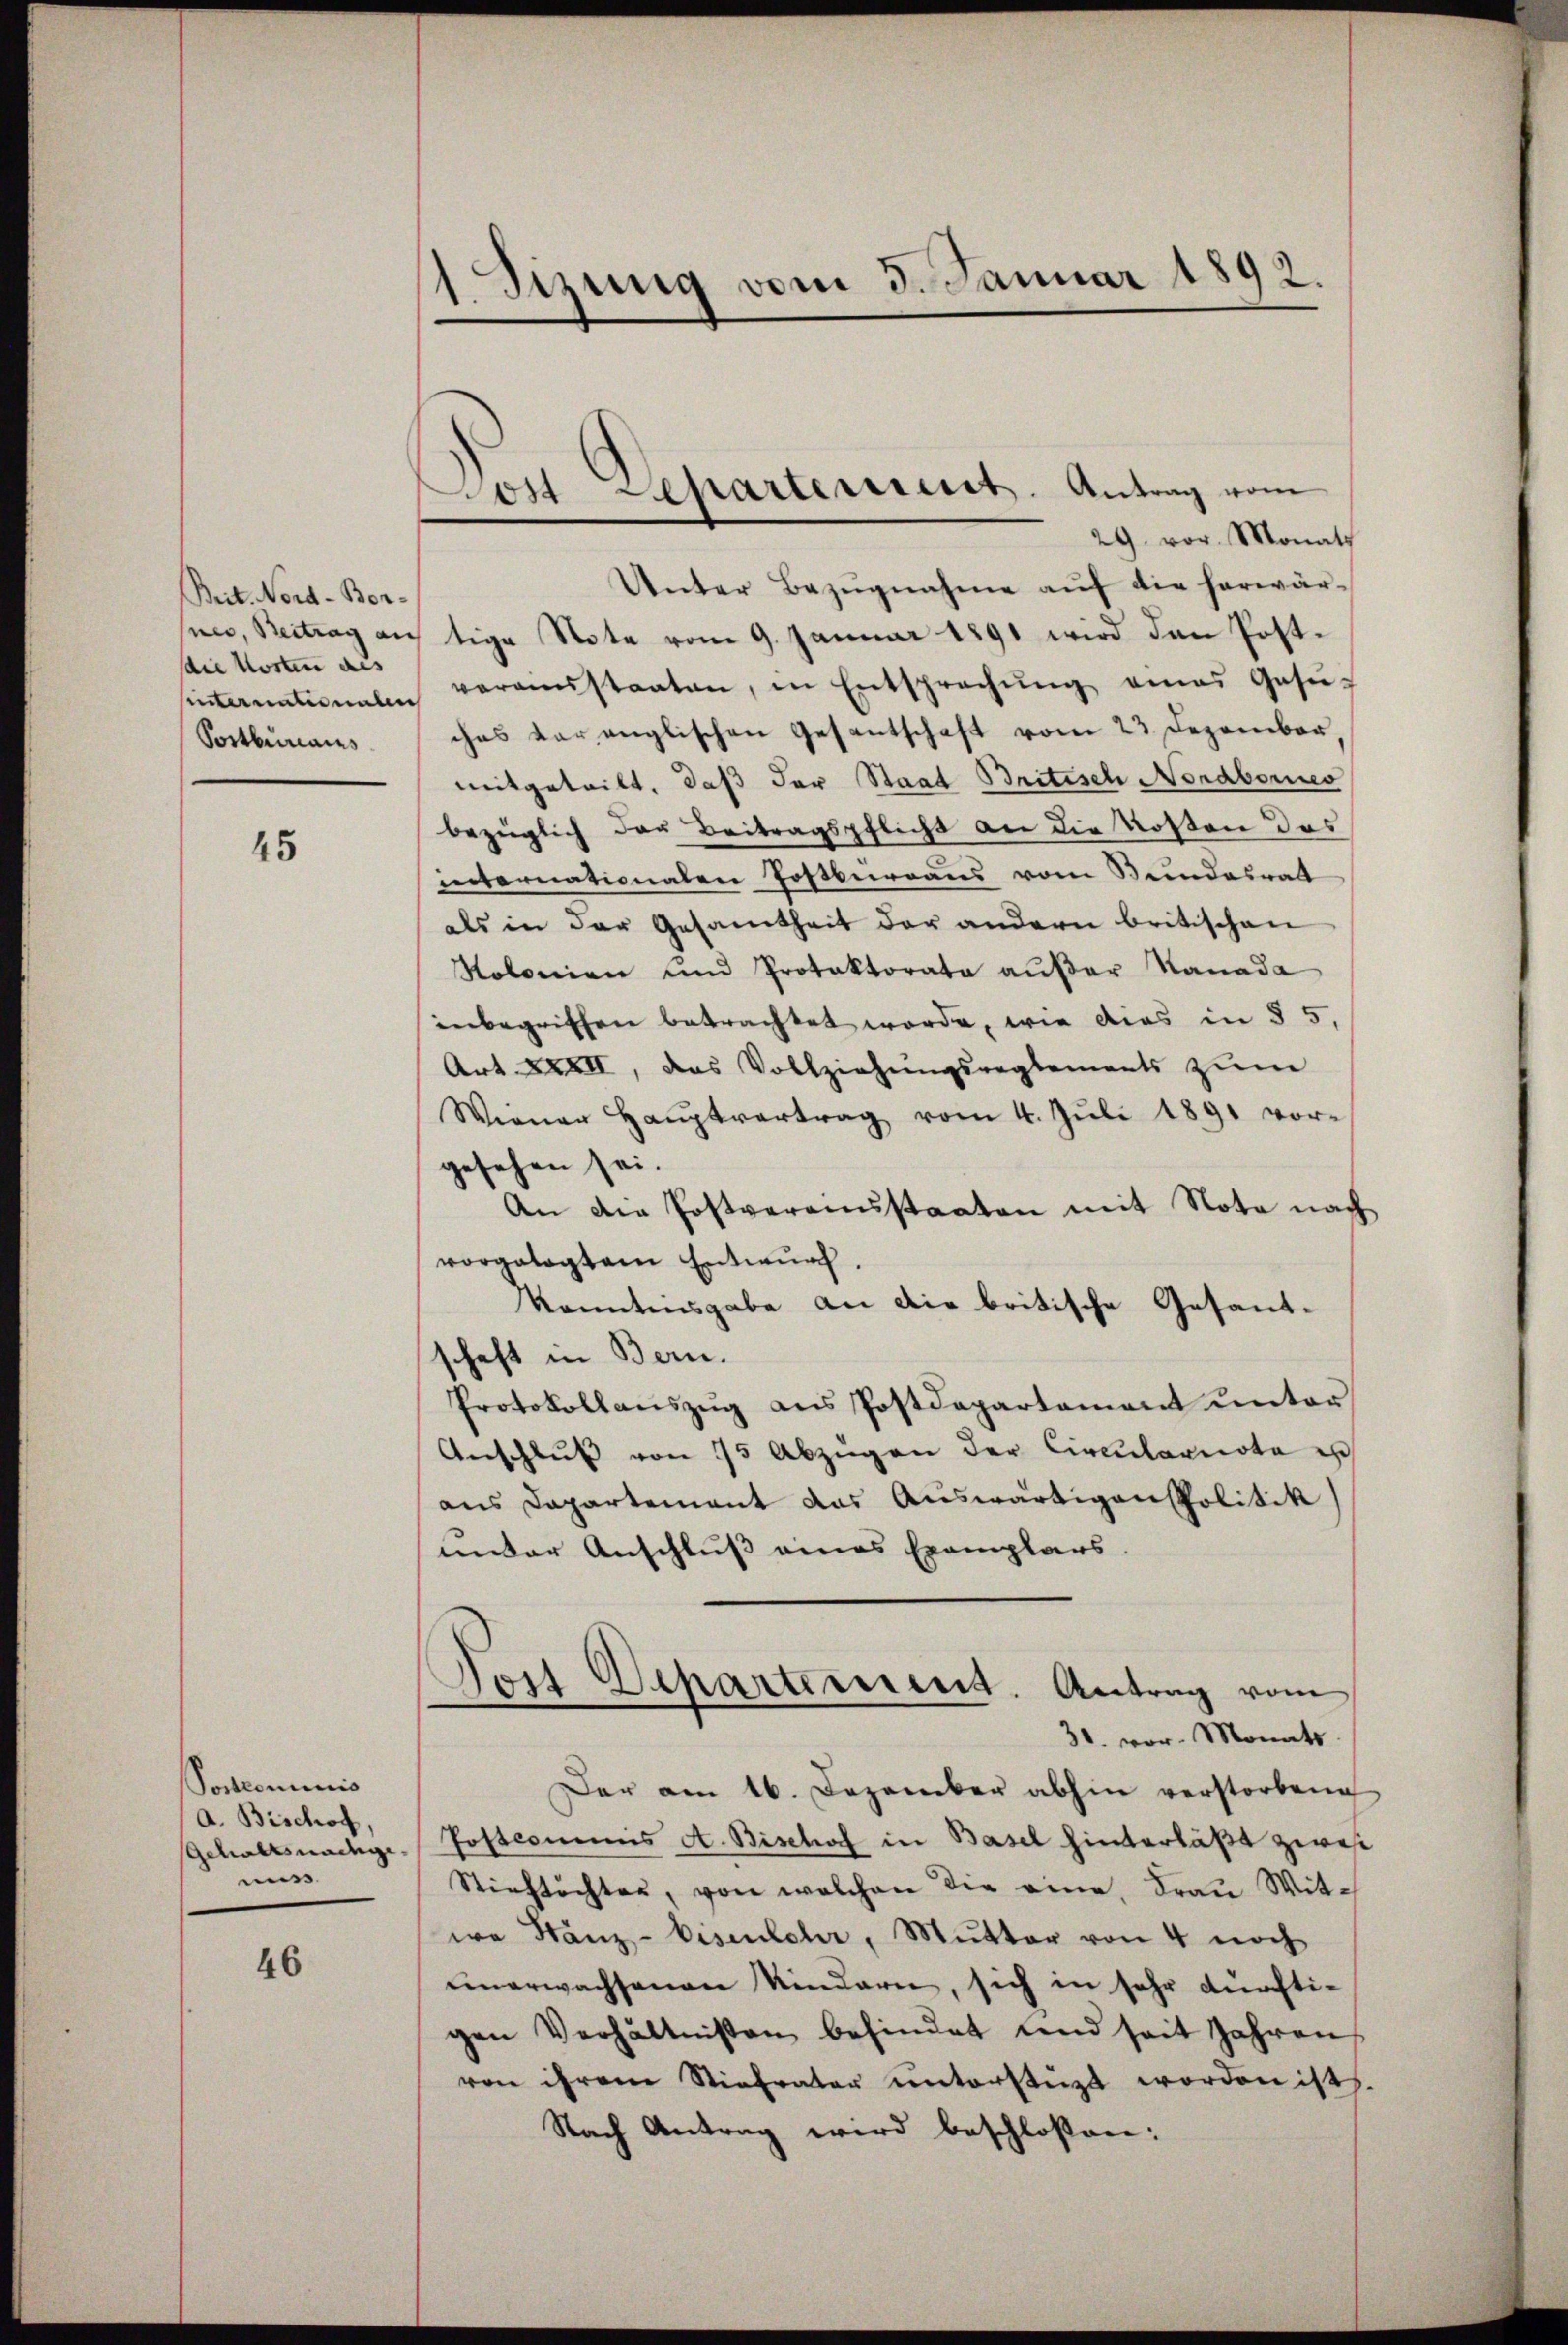
Bett. Nord-Berpes, Beitrag au
die Kosten des
hinternationalen
Portbureaus

45

Postcommis
a. Bischof,
Gehaltsnachgeuiss

46

Sitzung vom 3. Januar 1892.

ost Separtement. Antrag vom
29. vor. Monath

Unter Bezŭgnahme aŭf die herwär-
tige Note vom 9. Januar 1891 wird den Postveranstaaten, in Entsprechŭng eines Gesŭc
ches vor englischen Gesantschaft vom 23. Dezember,
mitgeteilt, daß der Staat Britisch Nordbornes
bezüglich der Beitragspflicht an die Kosten das
internationalen Postburgaus vom Stundesratt
als in der Gesamtheit der andern britischen
Nolonien und Protoktorata außer Kanada
inbegriffen betrachtet werde, wie dies in § 5,
Art. XXXII, das Vollziehŭngsreglements zŭm
Wiener Haŭptvertrag vom 4. Jŭli 1891 vor-
gesehen sei.
An die Postveransstaaten mit Nota nach
vorgelegtem Entwurf,
kanntnisgabe an die britische Gesandtschaft in Bern.
Protokollaŭszŭg ans Postdepartament unter
Anschlŭβ von 75 Abzügen der Circulariota es
aus Dapartement das Auswärtigen Politik
unter Anschluss eines Exemplars.
Jost Departement. Antrag vom
31. vor. Monats
Der am 16. Dezember abhin verstorbene
Postcommis A. Bischof in Basel hinterläßt zwis
Stieftochter, von welchen die eine Fraŭ Witwa Hänz-Eisenlehr, Mutter von 4 noch
unerwachsenen Kindern, sich in sehr dürftigen Verhältnissen befindet und seit Jahren
von ihrem Stiefvater unterstüzt worden ist.
Nach Antrag wird beschlossen: